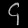
Digit: ၄